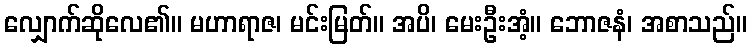
လျှောက်ဆိုလေ၏။ မဟာရာဇ၊ မင်းမြတ်။ အပိ၊ မေးဦးအံ့။ ဘောဇနံ၊ အစာသည်။